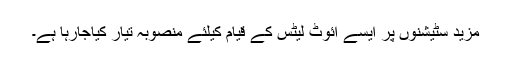
مزید سٹیشنوں پر ایسے ائٓوٹ لیٹس کے قیام کیلئے منصوبہ تیار کیاجارہا ہے۔